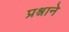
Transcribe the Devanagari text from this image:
प्रश्र्नाने